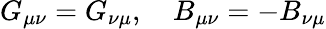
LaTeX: G_{\mu\nu}=G_{\nu\mu},\quad B_{\mu\nu}=-B_{\nu\mu}